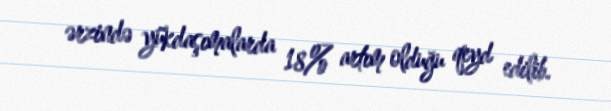
ərzində yükdaşımalarda 18% artım olduğu qeyd edilib.